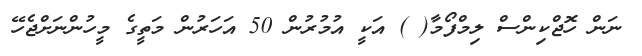
ނަން ހޮޖްކިންސް ލިމްފޯމާ( ) އަކީ އުމުރުން 50 އަހަރުން މަތީގެ މީހުންނަށްޖެހޭ